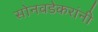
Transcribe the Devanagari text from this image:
सोनवडेकरांनी